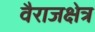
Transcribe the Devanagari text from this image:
वैराजक्षेत्र